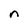
Character: n